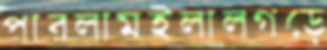
পারলামইলালগড়ে